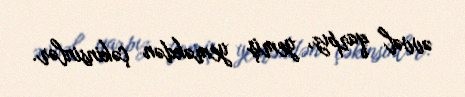
əvvəl qarpız, yemiş yeməkdən çəkinsinlər.